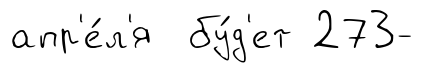
апр'е́л'я бу́д'ет 273-